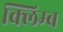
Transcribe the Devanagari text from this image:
क्लिम्ब